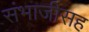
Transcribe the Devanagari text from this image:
संभाजीसह